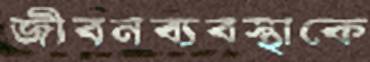
জীবনব্যবস্থাকে